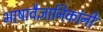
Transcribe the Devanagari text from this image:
भाषावैज्ञानिकांनी